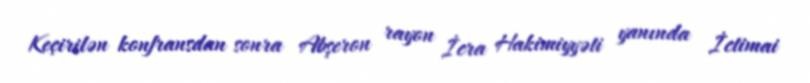
Keçirilən konfransdan sonra Abşeron rayon İcra Hakimiyyəti yanında İctimai